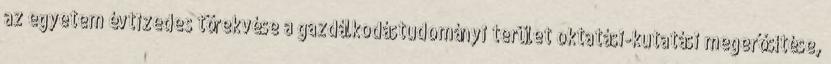
az egyetem évtizedes törekvése a gazdálkodástudományi terület oktatási-kutatási megerősítése,